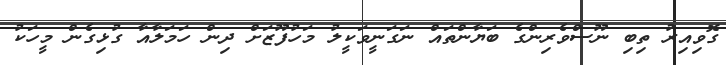
ގޮވިއިރު ތިބި ނޫސްވެރިންގެ ބަޔާންތައް ނަގަނީވަކީލު މަހުފޫޒަށް ދިން ހަމަލާއާ ގުޅިގެން މީހަކު